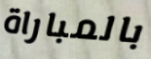
بالمباراة